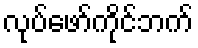
လုပ်ဖော်ကိုင်ဘက်